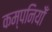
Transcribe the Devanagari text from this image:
कम्पनियोँ